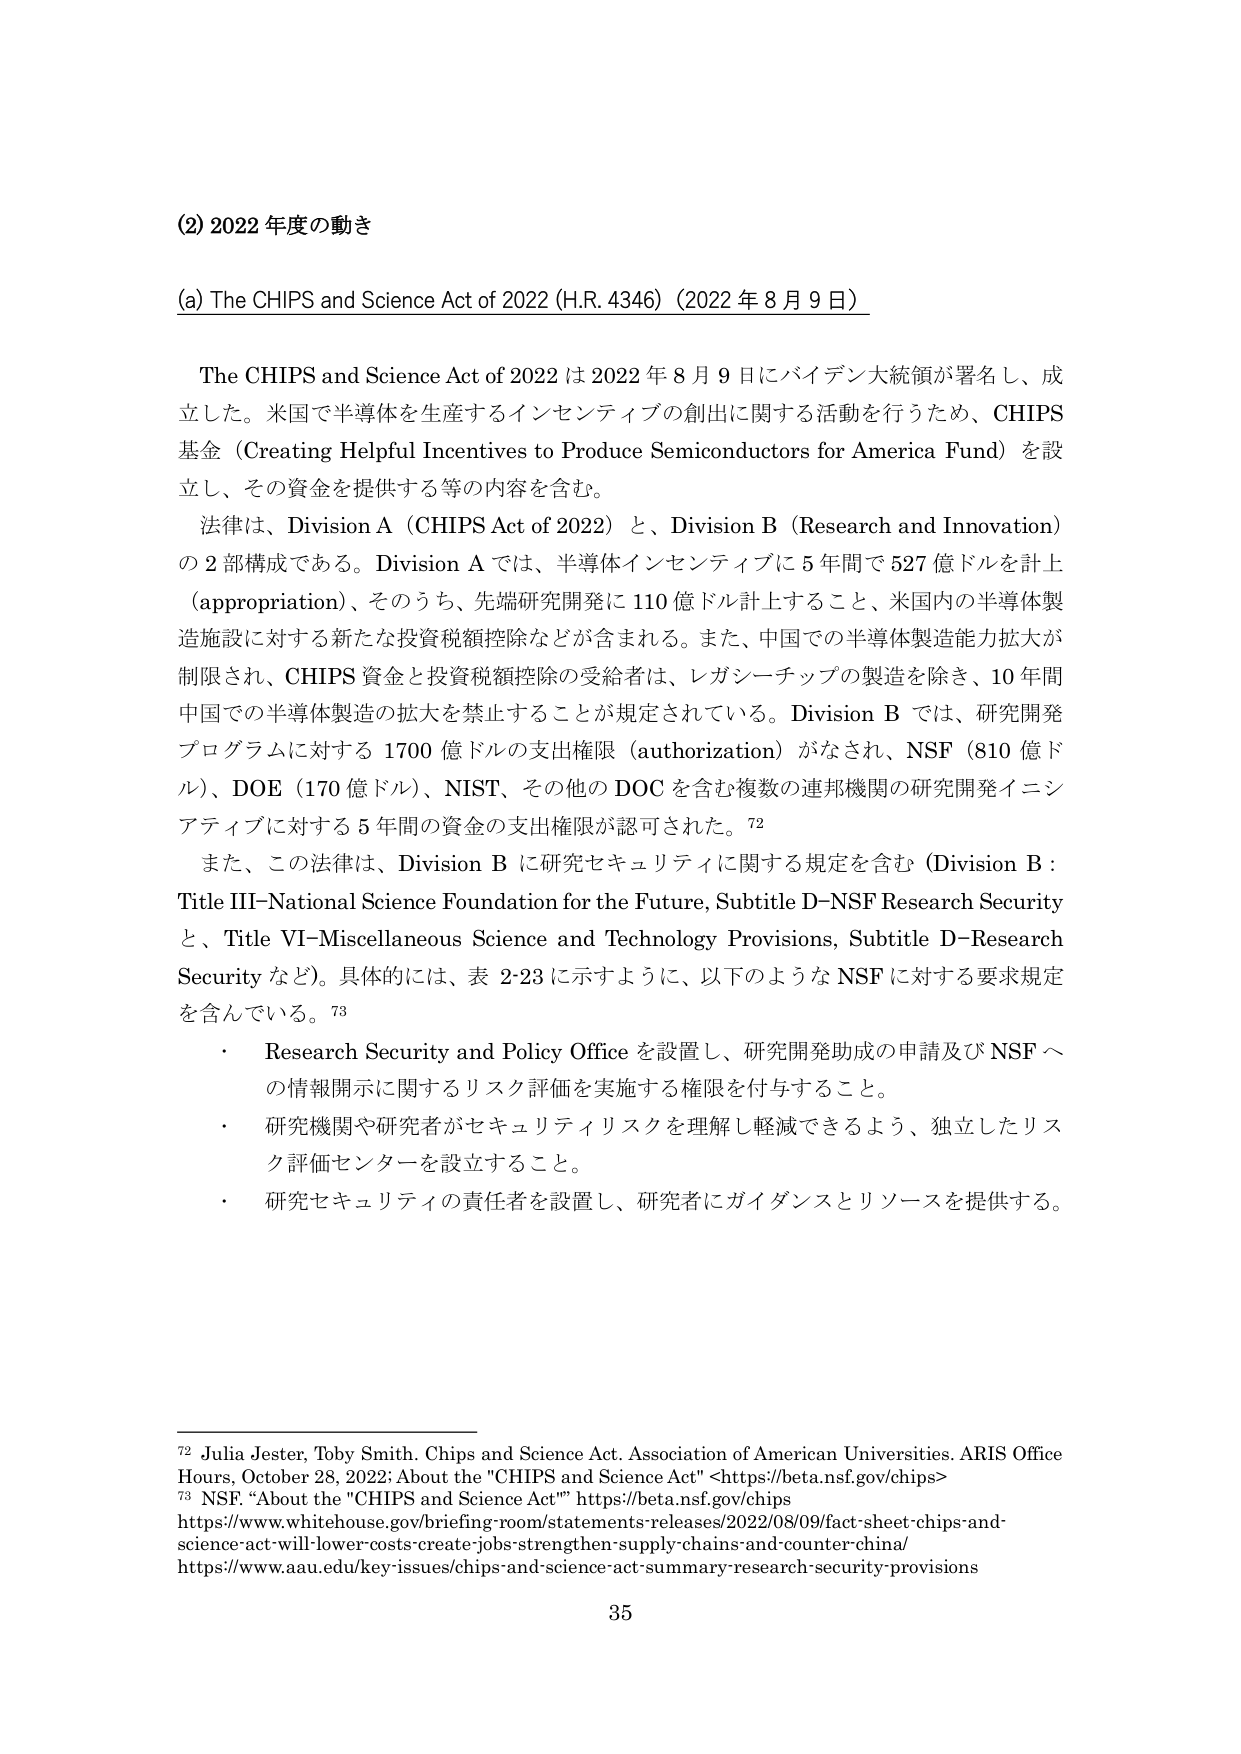
(2) 2022年度の動き

(a) The CHIPS and Science Act of 2022 (H.R. 4346) (2022年8月9日)

The CHIPS and Science Act of 2022 は2022年8月9日にバイデン大統領が署名し、成立した。米国で半導体を生産するインセンティブの創出に関する活動を行うため、CHIPS基金（Creating Helpful Incentives to Produce Semiconductors for America Fund）を設立し、その資金を提供する等の内容を含む。

法律は、Division A（CHIPS Act of 2022）と、Division B（Research and Innovation）の2部構成である。Division Aでは、半導体インセンティブに5年間で527億ドルを計上（appropriation）、そのうち、先端研究開発に110億ドル計上すること、米国内の半導体製造施設に対する新たな投資税額控除などが含まれる。また、中国での半導体製造能力拡大が制限され、CHIPS資金と投資税額控除の受給者は、レガシーチップの製造を除き、10年間中国での半導体製造の拡大を禁止することが規定されている。Division Bでは、研究開発プログラムに対する1700億ドルの支出権限（authorization）がなされ、NSF（810億ドル）、DOE（170億ドル）、NIST、その他のDOCを含む複数の連邦機関の研究開発イニシアティブに対する5年間の資金の支出権限が認可された。72

また、この法律は、Division Bに研究セキュリティに関する規定を含む（Division B：Title III-National Science Foundation for the Future, Subtitle D-NSF Research Security と、Title VI-Miscellaneous Science and Technology Provisions, Subtitle D-Research Security など）。具体的には、表2-23に示すように、以下のようなNSFに対する要求規定を含んでいる。73

・ Research Security and Policy Officeを設置し、研究開発助成の申請及びNSFへの情報開示に関するリスク評価を実施する権限を付与すること。

・ 研究機関や研究者がセキュリティリスクを理解し軽減できるよう、独立したリスク評価センターを設立すること。

・ 研究セキュリティの責任者を設置し、研究者にガイダンスとリソースを提供する。

72 Julia Jester, Toby Smith. Chips and Science Act. Association of American Universities. ARIS Office Hours, October 28, 2022; About the "CHIPS and Science Act" <https://beta.nsf.gov/chips>

73 NSF. “About the 'CHIPS and Science Act'” https://beta.nsf.gov/chips
https://www.whitehouse.gov/briefing-room/statements-releases/2022/08/09/fact-sheet-chips-and-science-act-will-lower-costs-create-jobs-strengthen-supply-chains-and-counter-china/
https://www.aau.edu/key-issues/chips-and-science-act-summary-research-security-provisions

35